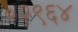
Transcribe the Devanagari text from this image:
०२९६४